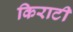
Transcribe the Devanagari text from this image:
किराटी